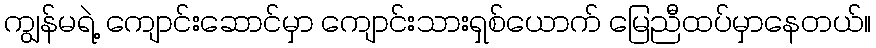
ကျွန်မရဲ့ ကျောင်းဆောင်မှာ ကျောင်းသားရှစ်ယောက် မြေညီထပ်မှာနေတယ်။